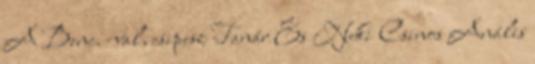
A Benc. -val, csipesz Tanár És Neki Csinos Anális